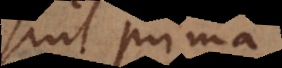
sint prima